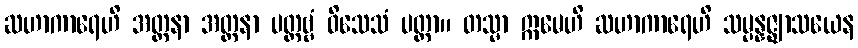
ဆဟာကာရေဟိ အတ္တနာ အတ္တနာ ပတ္တဗ္ဗံ ဝိသေသံ ပတ္တာ။ တသ္မာ ဣမေဟိ ဆဟာကာရေဟိ သမ္ပန္နဇ္ဈာသယေန